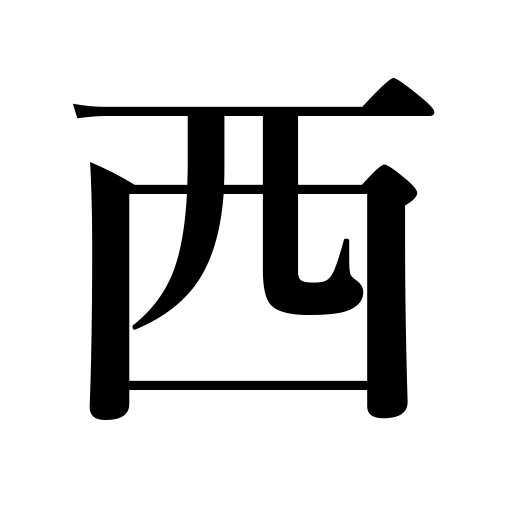
Meanings: west